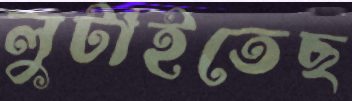
লুটাইতেছ